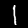
Digit: 1